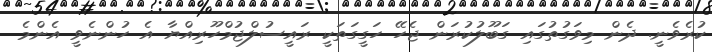
ކުރެވެނީ. ދެން މިވަގުތުގައި ގަބޫލުކުރަން ޖެހޭ ހަގީގަތަކީ ރައީސުލްޖުމްހޫރިއްޔާ އެ ހުންނެވީ އެންމެ